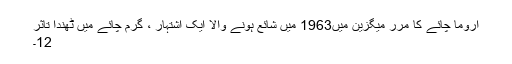
اروما چائے کا مرر میگزین میں1963 میں شائع ہونے والا ایک اشتہار ، گرم چائے میں ٹھندا تاثر
12۔